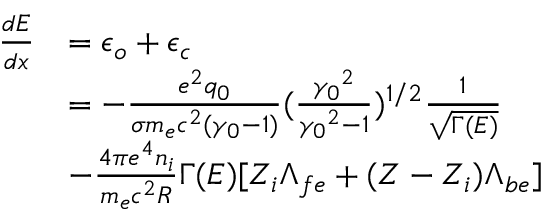
\begin{array} { r l } { \frac { d E } { d x } } & { = \epsilon _ { o } + \epsilon _ { c } } \\ & { = - \frac { e ^ { 2 } q _ { 0 } } { \sigma m _ { e } c ^ { 2 } ( \gamma _ { 0 } - 1 ) } ( \frac { { \gamma _ { 0 } } ^ { 2 } } { { \gamma _ { 0 } } ^ { 2 } - 1 } ) ^ { 1 / 2 } \frac { 1 } { \sqrt { \Gamma ( E ) } } } \\ & { - \frac { 4 \pi e ^ { 4 } n _ { i } } { m _ { e } c ^ { 2 } R } \Gamma ( E ) [ Z _ { i } \Lambda _ { f e } + ( Z - Z _ { i } ) \Lambda _ { b e } ] } \end{array}